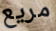
مريع